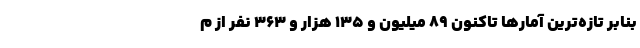
بنابر تازه‌ترین آمارها تاکنون ۸۹ میلیون و ۱۳۵ هزار و ۳۶۳ نفر از م